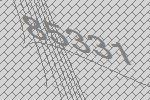
85331